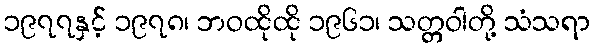
၁၉၇၇နှင့် ၁၉၇၈၊ ဘဝထိုထို ၁၉၆၁၊ သတ္တဝါတို့ သံသရာ